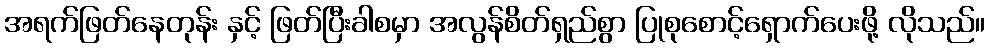
အရက်ဖြတ်နေတုန်း နှင့် ဖြတ်ပြီးခါစမှာ အလွန်စိတ်ရှည်စွာ ပြုစုစောင့်ရှောက်ပေးဖို့ လိုသည်။